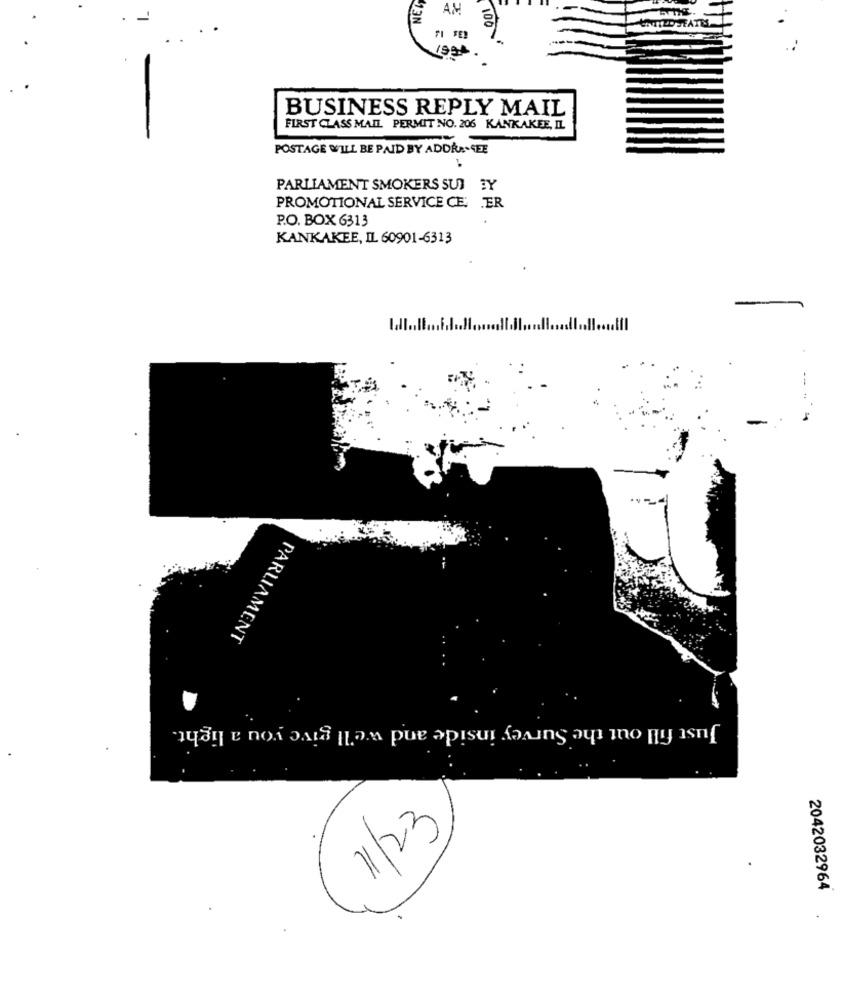
NEG
AM
TILO JEATES
FI FED
100
199
BUSINESS REPLY MAIL
FIRST CLASS MAIL PERMIT NO. 206 KANKAKEE, IL.
POSTAGE WILL BE PAID BY ADDRA. GEE
PARLIAMENT SMOKERS SUI ?Y
PROMOTIONAL SERVICE CE: . ER
P.O. BOX 6313
KANKAKEE, IL 60901-6313
-
PARLIAMENT
Just fill out the Survey inside and we'll give you a light.
11/23
2042032964